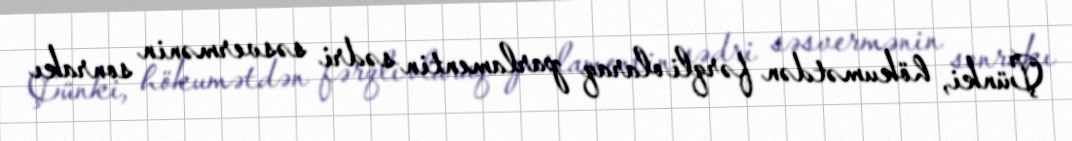
Çünki, hökumətdən fərqli olaraq parlamentin sədri səsvermənin sonrakı